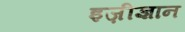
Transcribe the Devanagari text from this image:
इज़ीज्ञान